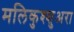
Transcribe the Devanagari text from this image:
मलिकुश्शुअरा